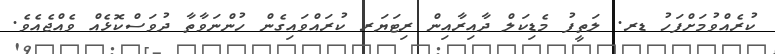
ކުރެއްވުމަށްފަހު ޑރ. ލަތީފު މެޑިކަލް ދާއިރާއިން ރިޓަޔަރ ކުރައްވައިގެން ހުންނަވާތާ ދުވަސްކޮޅެއް ވެއްޖެއެވެ.